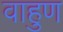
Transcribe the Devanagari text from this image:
वाहुण